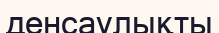
денсаулықты